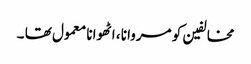
مخالفین کو مروانا ، اٹھوانا معمول تھا ۔